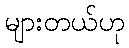
များတယ်ဟု